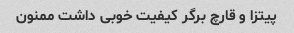
پیتزا و قارچ برگر کیفیت خوبی داشت ممنون